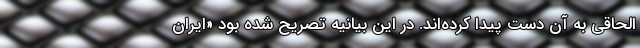
الحاقی به آن دست پیدا کرده‌اند. در این بیانیه تصریح شده بود «ایران